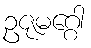
ဥဇုမဂ္ဂေါ